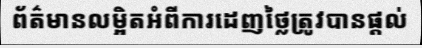
ព័ត៌មានលម្អិតអំពីការដេញថ្លៃត្រូវបានផ្តល់